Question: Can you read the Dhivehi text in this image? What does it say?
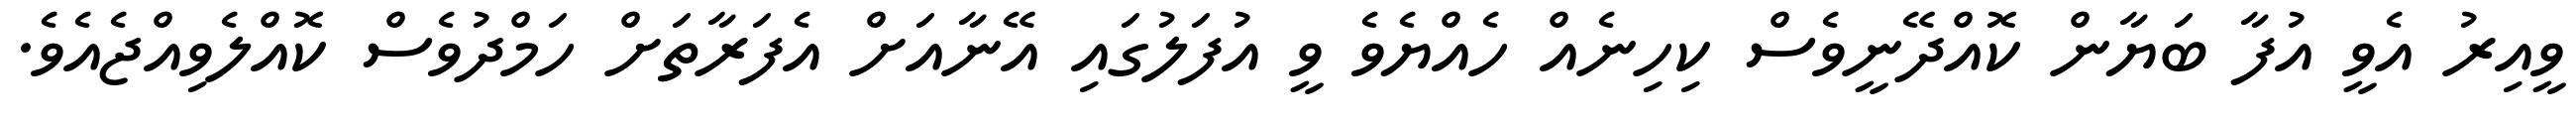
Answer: ވީއިރު އެވީ އުފާ ބަޔާން ކޮއްދޭނީވެސް ކިހިނެއް ހެއްޔެވެ ވީ އުފަލުގައި އޭނާއަށް އެފަރާތަށް ހަމްދުވެސް ކޮއްލެވިއްޖެއެވެ.